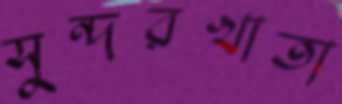
সুন্দরখাতা